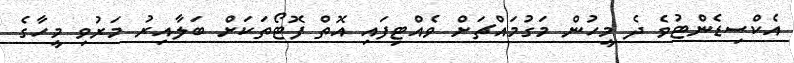
އެކްސިޑެންޓުވެ ދެ މީހުން މަގުމައްޗަށް ވެއްޓިފައި އޮތް ފޮޓޯތަކަށް ބަލާއިރު މަރުވި މީހާގެ